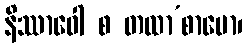
နိဿာဝေါ စ တထာ’စာမော၊